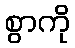
စွာကို